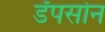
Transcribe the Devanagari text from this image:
डॅपसोन